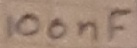
Text: 100nF